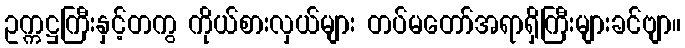
ဥက္ကဋ္ဌကြီးနှင့်တကွ ကိုယ်စားလှယ်များ တပ်မတော်အရာရှိကြီးများခင်ဗျာ။